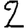
Digit: 2